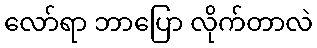
လော်ရာ ဘာပြော လိုက်တာလဲ